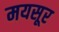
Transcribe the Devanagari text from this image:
मयसूर